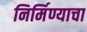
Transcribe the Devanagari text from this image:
निर्मिण्याचा